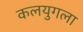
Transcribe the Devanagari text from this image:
कलयुगला